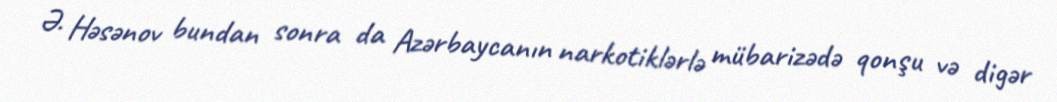
Ə. Həsənov bundan sonra da Azərbaycanın narkotiklərlə mübarizədə qonşu və digər